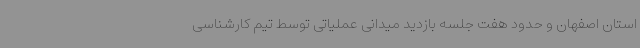
استان اصفهان و حدود هفت جلسه بازدید میدانی عملیاتی توسط تیم کارشناسی